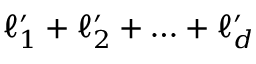
\ell _ { 1 } ^ { \prime } + \ell _ { 2 } ^ { \prime } + \ldots + \ell _ { d } ^ { \prime }